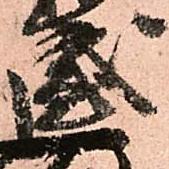
盛